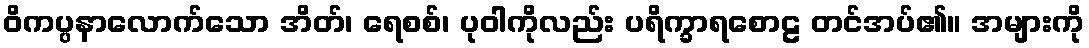
ဝိကပ္ပနာလောက်သော အိတ်၊ ရေစစ်၊ ပုဝါကိုလည်း ပရိက္ခာရစောဠ တင်အပ်၏။ အများကို